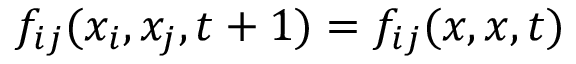
f _ { i j } ( x _ { i } , x _ { j } , t + 1 ) = f _ { i j } ( x , x , t )